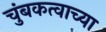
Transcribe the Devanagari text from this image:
चुंबकत्वाच्या